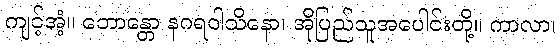
ကျင့်အံ့။ ဘောန္တော နဂရဝါသိနော၊ အိုပြည်သူအပေါင်းတို့။ ကာလာ၊